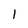
Character: 1